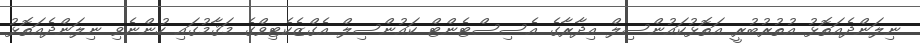
ނިލަންދެއަތޮޅު އުތުރުބުރީ އަތޮޅުކައުންސިލް އިދާރާގެ އެސިސްޓެންޓް ކައުންސިލް އެގްޒެކެޓިވްގެ މަޤާމުގައި ހުންނެވި ނިލަންދެއަތޮޅު